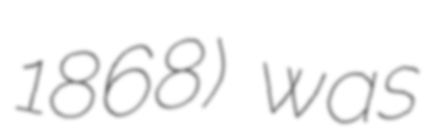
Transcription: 1868) was